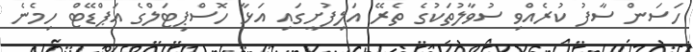
ހަސަން ސާފު ކުރެއްވި ސުވާލުތަކުގެ ތެރޭ އަލިފުށީގައި އަޅާ ހޮސްޕިޓަލްގެ އަޕްޑޭޓް ހިމެނެ